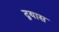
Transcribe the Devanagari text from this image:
द्वयास